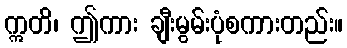
ဣတိ၊ ဤကား ချီးမွမ်းပုံစကားတည်း။